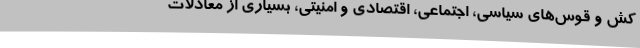
کش‌ و قوس‌های سیاسی، اجتماعی، اقتصادی و امنیتی، بسیاری از معادلات